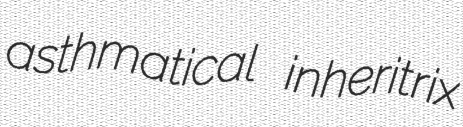
asthmatical inheritrix